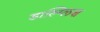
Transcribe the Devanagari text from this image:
डाल्ग्लिश